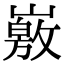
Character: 𡽄